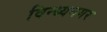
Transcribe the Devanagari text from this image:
विन्ध्यनगर